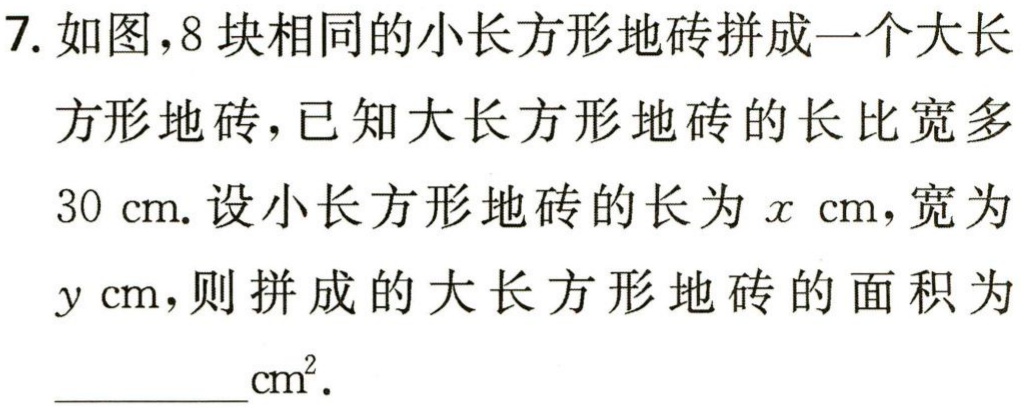
7. 如图，8 块相同的小长方形地砖拼成一个大长方形地砖，已知大长方形地砖的长比宽多 30 cm. 设小长方形地砖的长为\(x\) cm，宽为\(y\) cm，则拼成的大长方形地砖的面积为__________\(cm^{2}\).